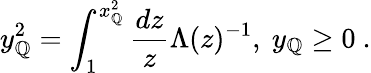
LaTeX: y_{\mathbb{Q}}^{2}=\int_{1}^{x_{\mathbb{Q}}^{2}}\frac{{dz}}{{z}}\Lambda(z)^{-1},~y_{\mathbb{Q}}\geq0~.